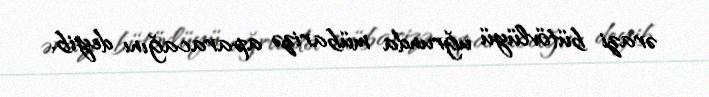
ərazi bütövlüyü uğrunda mübarizə aparacağını deyib.